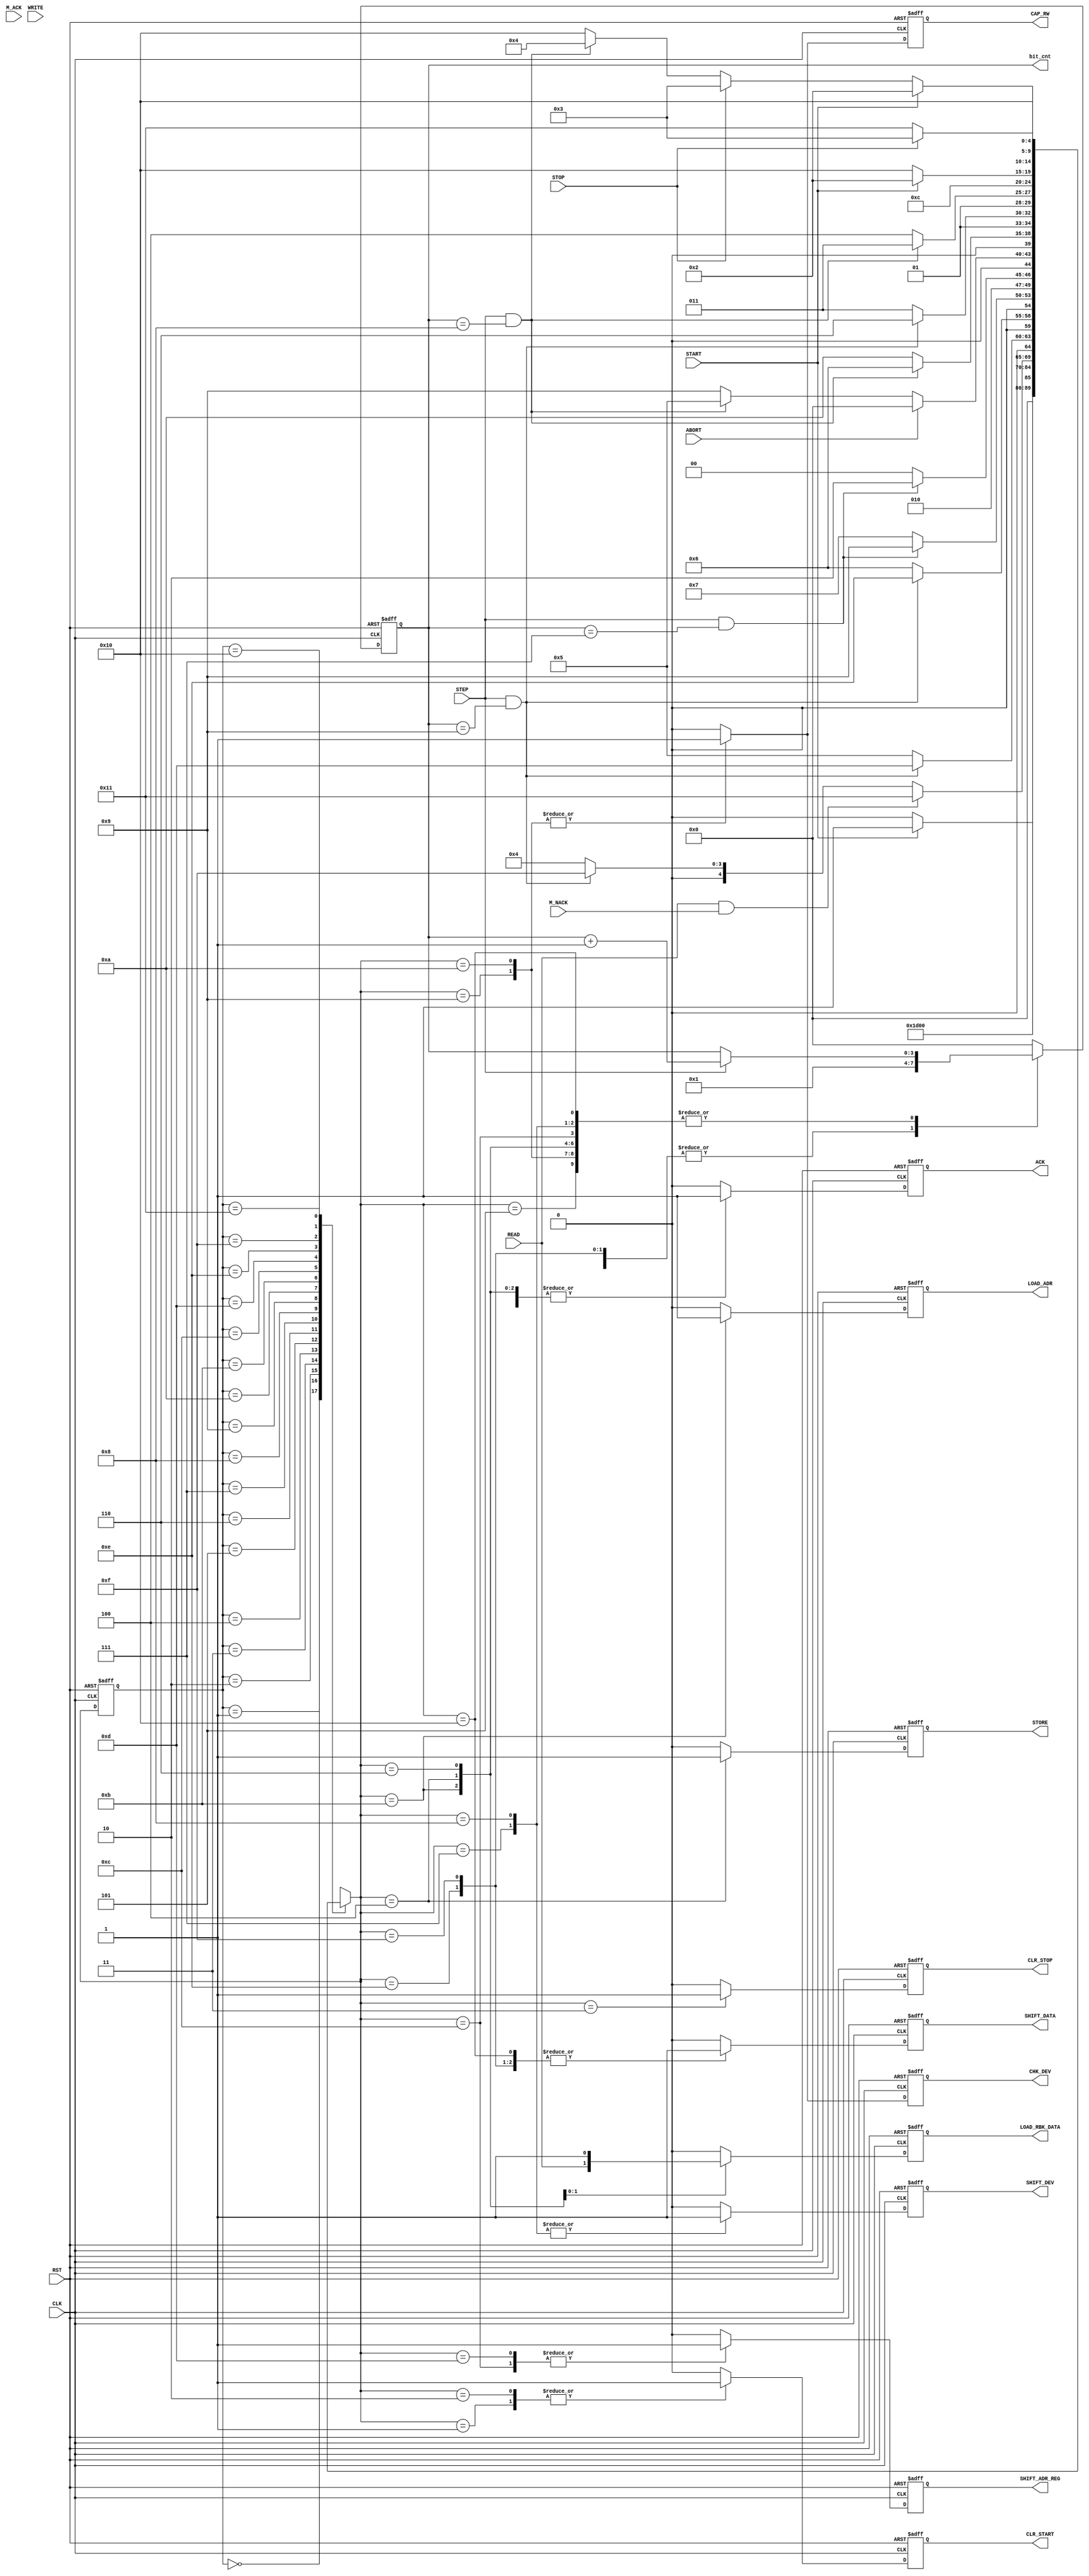

// Created by fizzim_tmr.pl version $Revision: 4.44 on 2018:09:27 at 16:12:47 (www.fizzim.com)

module I2C_slave_sim_FSM (
  output reg ACK,
  output reg CAP_RW,
  output reg CHK_DEV,
  output reg CLR_START,
  output reg CLR_STOP,
  output reg LOAD_ADR,
  output reg LOAD_RBK_DATA,
  output reg SHIFT_ADR_REG,
  output reg SHIFT_DATA,
  output reg SHIFT_DEV,
  output reg STORE,
  output reg [3:0] bit_cnt,
  input ABORT,
  input CLK,
  input M_ACK,
  input M_NACK,
  input READ,
  input RST,
  input START,
  input STEP,
  input STOP,
  input WRITE 
);

  // state bits
  parameter 
  Idle        = 5'b00000, 
  Clr_Start   = 5'b00001, 
  Clr_Start_2 = 5'b00010, 
  Clr_Stop    = 5'b00011, 
  Data_Ack    = 5'b00100, 
  Dev_Ack     = 5'b00101, 
  Dev_Ack_2   = 5'b00110, 
  Device      = 5'b00111, 
  Device_2    = 5'b01000, 
  Rd_Wrt_B    = 5'b01001, 
  Rd_Wrt_B_2  = 5'b01010, 
  Reg_Ack     = 5'b01011, 
  Reg_Adr     = 5'b01100, 
  Rst_Cnt_1   = 5'b01101, 
  Rst_Cnt_2   = 5'b01110, 
  Rst_Cnt_3   = 5'b01111, 
  Shift_Data  = 5'b10000, 
  Wait_4_Stop = 5'b10001; 

  reg [4:0] state;


  reg [4:0] nextstate;



  // comb always block
  always @* begin
    nextstate = 5'bxxxxx; // default to x because default_state_is_x is set
    case (state)
      Idle       : if      (START)                    nextstate = Clr_Start;
                   else                               nextstate = Idle;
      Clr_Start  :                                    nextstate = Device;
      Clr_Start_2:                                    nextstate = Device_2;
      Clr_Stop   :                                    nextstate = Idle;
      Data_Ack   : if      (READ && M_NACK)           nextstate = Wait_4_Stop;
                   else if (STEP && bit_cnt == 4'h9)  nextstate = Rst_Cnt_3;
                   else                               nextstate = Data_Ack;
      Dev_Ack    : if      (STEP && bit_cnt == 4'h9)  nextstate = Rst_Cnt_1;
                   else                               nextstate = Dev_Ack;
      Dev_Ack_2  : if      (STEP && bit_cnt ==4'h9)   nextstate = Rst_Cnt_2;
                   else                               nextstate = Dev_Ack_2;
      Device     : if      (STEP && bit_cnt == 4'h7)  nextstate = Rd_Wrt_B;
                   else                               nextstate = Device;
      Device_2   : if      (STEP && bit_cnt == 4'h7)  nextstate = Rd_Wrt_B_2;
                   else                               nextstate = Device_2;
      Rd_Wrt_B   : if      (ABORT)                    nextstate = Idle;
                   else if (STEP && bit_cnt == 4'h8)  nextstate = Dev_Ack;
                   else                               nextstate = Rd_Wrt_B;
      Rd_Wrt_B_2 : if      (STEP && bit_cnt == 4'h8)  nextstate = Dev_Ack_2;
                   else                               nextstate = Rd_Wrt_B_2;
      Reg_Ack    : if      (STEP && bit_cnt == 4'h9)  nextstate = Rst_Cnt_2;
                   else                               nextstate = Reg_Ack;
      Reg_Adr    : if      (STEP && bit_cnt == 4'h8)  nextstate = Reg_Ack;
                   else                               nextstate = Reg_Adr;
      Rst_Cnt_1  :                                    nextstate = Reg_Adr;
      Rst_Cnt_2  : if      (START)                    nextstate = Clr_Start_2;
                   else                               nextstate = Shift_Data;
      Rst_Cnt_3  :                                    nextstate = Shift_Data;
      Shift_Data : if      (START)                    nextstate = Clr_Start_2;
                   else if (STOP)                     nextstate = Clr_Stop;
                   else if (STEP && bit_cnt == 4'h8)  nextstate = Data_Ack;
                   else                               nextstate = Shift_Data;
      Wait_4_Stop: if      (STOP)                     nextstate = Clr_Stop;
                   else                               nextstate = Wait_4_Stop;
    endcase
  end

  // Assign reg'd outputs to state bits

  // sequential always block
  always @(posedge CLK or posedge RST) begin
    if (RST)
      state <= Idle;
    else
      state <= nextstate;
  end

  // datapath sequential always block
  always @(posedge CLK or posedge RST) begin
    if (RST) begin
      ACK <= 0;
      CAP_RW <= 0;
      CHK_DEV <= 0;
      CLR_START <= 0;
      CLR_STOP <= 0;
      LOAD_ADR <= 0;
      LOAD_RBK_DATA <= 0;
      SHIFT_ADR_REG <= 0;
      SHIFT_DATA <= 0;
      SHIFT_DEV <= 0;
      STORE <= 0;
      bit_cnt <= 4'h0;
    end
    else begin
      ACK <= 0; // default
      CAP_RW <= 0; // default
      CHK_DEV <= 0; // default
      CLR_START <= 0; // default
      CLR_STOP <= 0; // default
      LOAD_ADR <= 0; // default
      LOAD_RBK_DATA <= 0; // default
      SHIFT_ADR_REG <= 0; // default
      SHIFT_DATA <= 0; // default
      SHIFT_DEV <= 0; // default
      STORE <= 0; // default
      bit_cnt <= 4'h0; // default
      case (nextstate)
        Clr_Start  :        CLR_START <= 1;
        Clr_Start_2:        CLR_START <= 1;
        Clr_Stop   :        CLR_STOP <= 1;
        Data_Ack   : begin
                            ACK <= 1;
                            LOAD_RBK_DATA <= READ;
                            STORE <= 1;
                            bit_cnt <= STEP ? bit_cnt +1 : bit_cnt;
        end
        Dev_Ack    : begin
                            ACK <= 1;
                            bit_cnt <= STEP ? bit_cnt +1 : bit_cnt;
        end
        Dev_Ack_2  : begin
                            ACK <= 1;
                            LOAD_RBK_DATA <= 1;
                            bit_cnt <= STEP ? bit_cnt +1 : bit_cnt;
        end
        Device     : begin
                            SHIFT_DEV <= 1;
                            bit_cnt <= STEP ? bit_cnt +1 : bit_cnt;
        end
        Device_2   : begin
                            SHIFT_DEV <= 1;
                            bit_cnt <= STEP ? bit_cnt +1 : bit_cnt;
        end
        Rd_Wrt_B   : begin
                            CAP_RW <= 1;
                            CHK_DEV <= 1;
                            bit_cnt <= STEP ? bit_cnt +1 : bit_cnt;
        end
        Rd_Wrt_B_2 : begin
                            CAP_RW <= 1;
                            CHK_DEV <= 1;
                            bit_cnt <= STEP ? bit_cnt +1 : bit_cnt;
        end
        Reg_Ack    : begin
                            ACK <= 1;
                            LOAD_ADR <= 1;
                            bit_cnt <= STEP ? bit_cnt +1 : bit_cnt;
        end
        Reg_Adr    : begin
                            SHIFT_ADR_REG <= 1;
                            bit_cnt <= STEP ? bit_cnt +1 : bit_cnt;
        end
        Rst_Cnt_1  : begin
                            SHIFT_ADR_REG <= 1;
                            bit_cnt <= 4'h1;
        end
        Rst_Cnt_2  : begin
                            SHIFT_DATA <= 1;
                            bit_cnt <= 4'h1;
        end
        Rst_Cnt_3  : begin
                            SHIFT_DATA <= 1;
                            bit_cnt <= 4'h1;
        end
        Shift_Data : begin
                            SHIFT_DATA <= 1;
                            bit_cnt <= STEP ? bit_cnt +1 : bit_cnt;
        end
      endcase
    end
  end

  // This code allows you to see state names in simulation
  `ifndef SYNTHESIS
  reg [87:0] statename;
  always @* begin
    case (state)
      Idle       : statename = "Idle";
      Clr_Start  : statename = "Clr_Start";
      Clr_Start_2: statename = "Clr_Start_2";
      Clr_Stop   : statename = "Clr_Stop";
      Data_Ack   : statename = "Data_Ack";
      Dev_Ack    : statename = "Dev_Ack";
      Dev_Ack_2  : statename = "Dev_Ack_2";
      Device     : statename = "Device";
      Device_2   : statename = "Device_2";
      Rd_Wrt_B   : statename = "Rd_Wrt_B";
      Rd_Wrt_B_2 : statename = "Rd_Wrt_B_2";
      Reg_Ack    : statename = "Reg_Ack";
      Reg_Adr    : statename = "Reg_Adr";
      Rst_Cnt_1  : statename = "Rst_Cnt_1";
      Rst_Cnt_2  : statename = "Rst_Cnt_2";
      Rst_Cnt_3  : statename = "Rst_Cnt_3";
      Shift_Data : statename = "Shift_Data";
      Wait_4_Stop: statename = "Wait_4_Stop";
      default    : statename = "XXXXXXXXXXX";
    endcase
  end
  `endif

endmodule